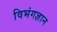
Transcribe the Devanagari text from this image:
विभंगज्ञान